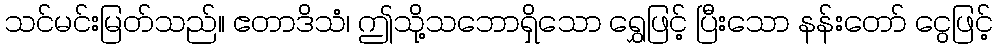
သင်မင်းမြတ်သည်။ ဧတာဒိသံ၊ ဤသို့သဘောရှိသော ရွှေဖြင့် ပြီးသော နန်းတော် ငွေဖြင့်